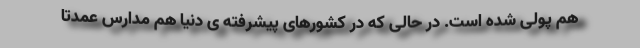
هم پولی شده است. در حالی که در کشورهای پیشرفته ی دنیا هم مدارس عمدتا